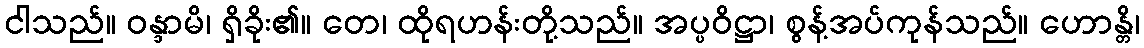
ငါသည်။ ဝန္ဒာမိ၊ ရှိခိုး၏။ တေ၊ ထိုရဟန်းတို့သည်။ အပ္ပဝိဋ္ဌာ၊ စွန့်အပ်ကုန်သည်။ ဟောန္တိ၊